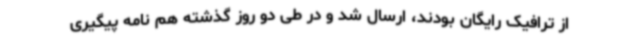
از ترافیک رایگان بودند، ارسال شد و در طی دو روز گذشته هم نامه پیگیری